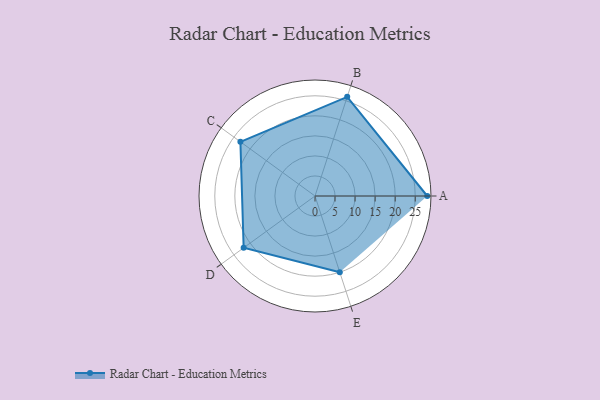
{"axis": {"x": "Skill", "y": "Score"}, "legend": ["Profile"], "data": [{"x": "A", "y": 28.0, "type": "Profile"}, {"x": "B", "y": 26.0, "type": "Profile"}, {"x": "C", "y": 23.0, "type": "Profile"}, {"x": "D", "y": 22.0, "type": "Profile"}, {"x": "E", "y": 20, "type": "Profile"}]}